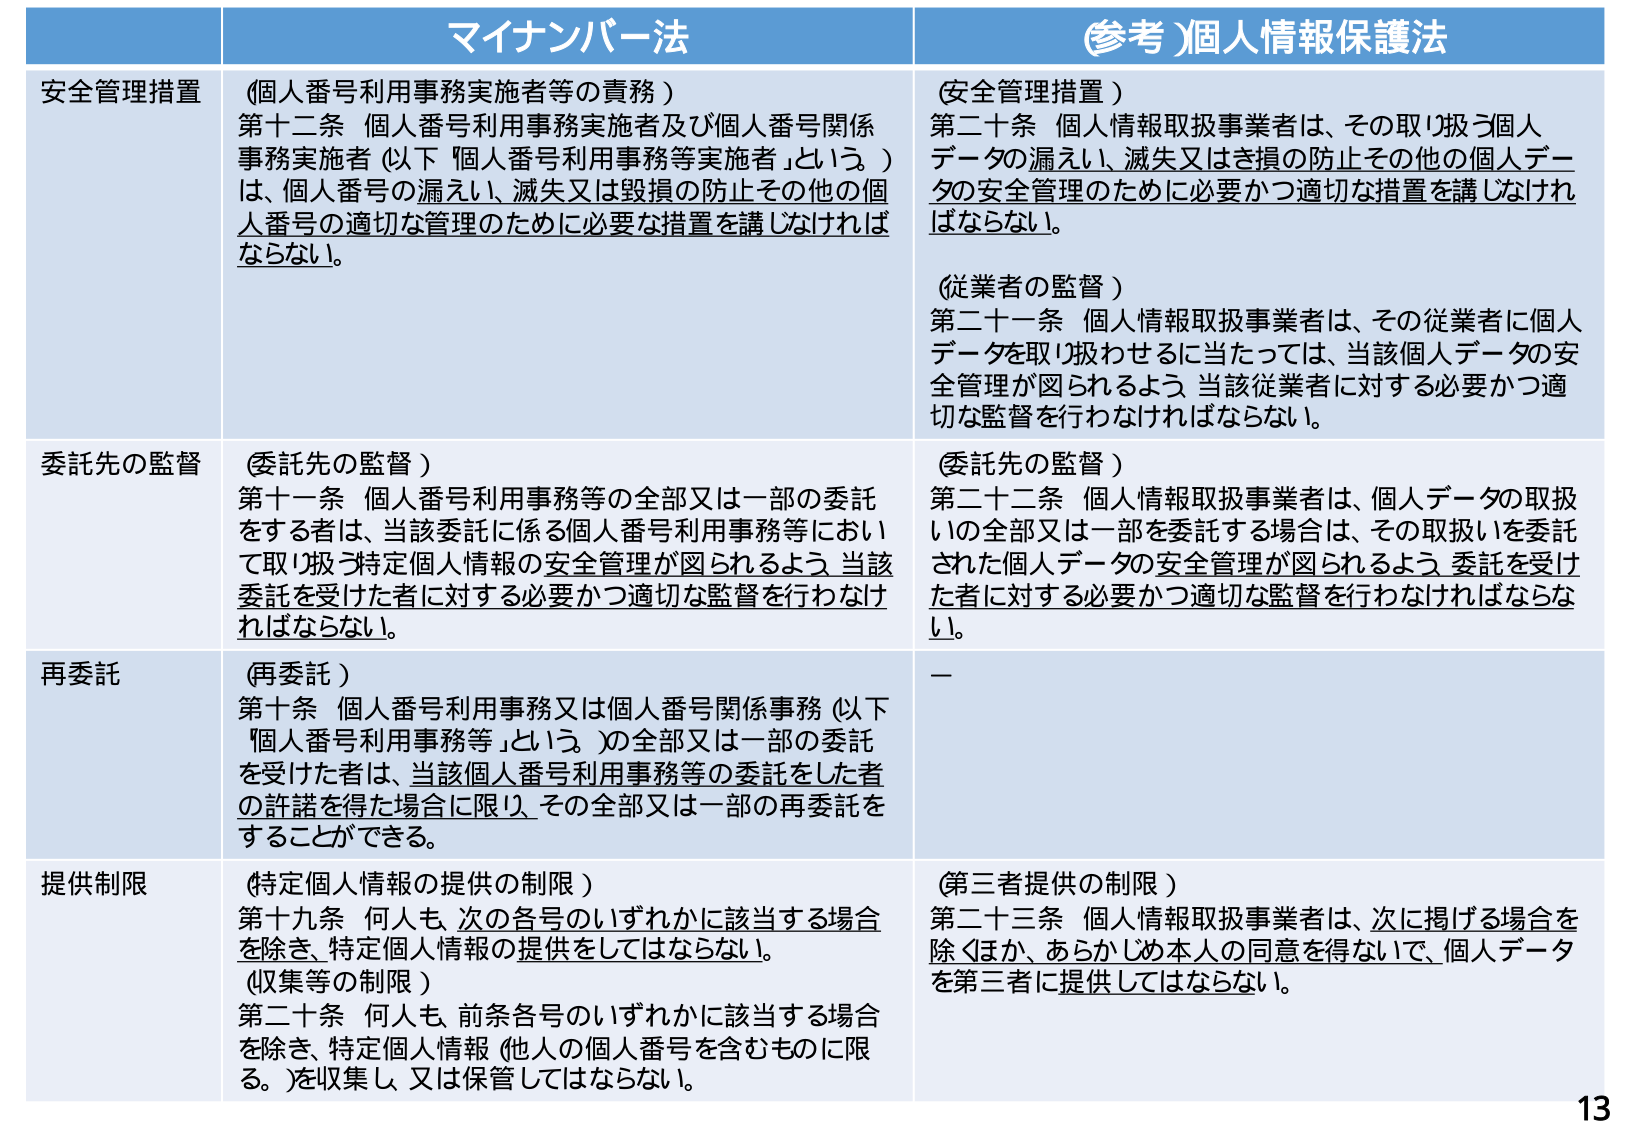
マイナンバー法
(参考)個人情報保護法

安全管理措置
(個人番号利用事務実施者等の責務)
第十二条 個人番号利用事務実施者及び個人番号関係事務実施者(以下「個人番号利用事務等実施者」という。)は、個人番号の漏えい、滅失又は毀損の防止その他個人番号の適切な管理のために必要な措置を講じなければならない。

(安全管理措置)
第二十条 個人情報取扱事業者は、その取り扱う個人データの漏えい、滅失又はき損の防止その他その個人データの安全管理のために必要かつ適切な措置を講じなければならない。

(従業者の監督)
第二十一条 個人情報取扱事業者は、その従業者に個人データを取り扱わせるに当たっては、当該個人データの安全管理が図られるよう、当該従業者に対する必要かつ適切な監督を行わなければならない。

委託先の監督
(委託先の監督)
第十一条 個人番号利用事務等の全部又は一部の委託をする者は、当該委託に係る個人番号利用事務等において取り扱う特定個人情報の安全管理が図られるよう、当該委託を受けた者に対する必要かつ適切な監督を行わなければならない。

(委託先の監督)
第二十二条 個人情報取扱事業者は、個人データの取扱いの全部又は一部を委託する場合は、その取扱いを委託された個人データの安全管理が図られるよう、委託を受けた者に対する必要かつ適切な監督を行わなければならない。

再委託
(再委託)
第十条 個人番号利用事務又は個人番号関係事務(以下「個人番号利用事務等」という。)の全部又は一部の委託を受けた者は、当該個人番号利用事務等の委託をした者の許諾を得た場合に限り、その全部又は一部の再委託をすることができる。

ー

提供制限
(特定個人情報の提供の制限)
第十九条 何人も、次の各号のいずれかに該当する場合を除き、特定個人情報の提供をしてはならない。

(収集等の制限)
第二十条 何人も、前条各号のいずれかに該当する場合を除き、特定個人情報(他人の個人番号を含むものに限る。)を収集し、又は保管してはならない。

(第三者提供の制限)
第二十三条 個人情報取扱事業者は、次に掲げる場合を除くほか、あらかじめ本人の同意を得ないで、個人データを第三者に提供してはならない。

13